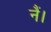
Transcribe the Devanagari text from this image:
नैं।